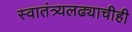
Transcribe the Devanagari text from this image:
स्वातंत्र्यलढ्याचीही